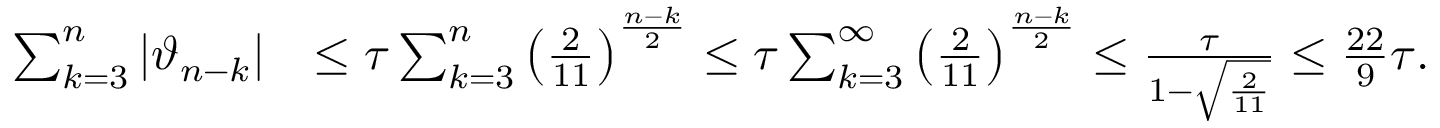
\begin{array} { r l } { \sum _ { k = 3 } ^ { n } | \vartheta _ { n - k } | } & { \le \tau \sum _ { k = 3 } ^ { n } \left( \frac { 2 } { 1 1 } \right) ^ { \frac { n - k } { 2 } } \le \tau \sum _ { k = 3 } ^ { \infty } \left( \frac { 2 } { 1 1 } \right) ^ { \frac { n - k } { 2 } } \le \frac { \tau } { 1 - \sqrt { \frac { 2 } { 1 1 } } } \le \frac { 2 2 } { 9 } \tau . } \end{array}